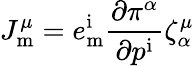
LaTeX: J_{\mathrm{m}}^{\mu}=e_{\mathrm{m}}^{\mathrm{i}}{\frac{\partial\pi^{\alpha}}{\partial p^{\mathrm{i}}}}\zeta_{\alpha}^{\mu}